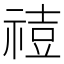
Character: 𥚧